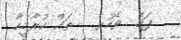
ފަހެ  ވެހުރެ   ތައް ކުރާމީހާ